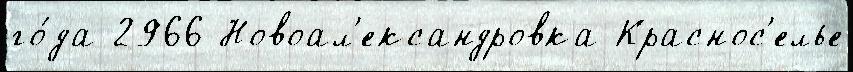
го́да 2966 Новоал'ександровка Краснос'елье